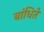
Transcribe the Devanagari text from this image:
बांधिते